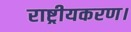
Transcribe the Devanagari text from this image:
राष्ट्रीयकरण।